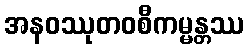
အနဝဿုတဝစီကမ္မန္တဿ